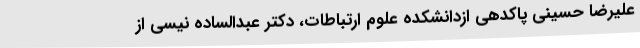
علیرضا حسینی پاکدهی ازدانشکده علوم ارتباطات، دکتر عبدالساده نیسی از